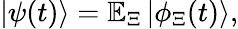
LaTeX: |\psi(t)\rangle=\mathbb{E}_{\Xi}\left|\phi_{\Xi}(t)\right\rangle,